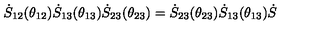
\dot { S } _ { 1 2 } ( \theta _ { 1 2 } ) \dot { S } _ { 1 3 } ( \theta _ { 1 3 } ) \dot { S } _ { 2 3 } ( \theta _ { 2 3 } ) = \dot { S } _ { 2 3 } ( \theta _ { 2 3 } ) \dot { S } _ { 1 3 } ( \theta _ { 1 3 } ) \dot { S }